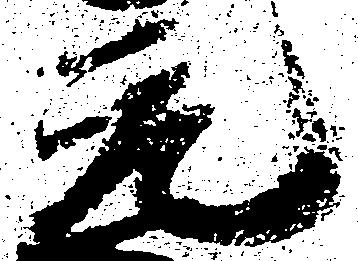
元